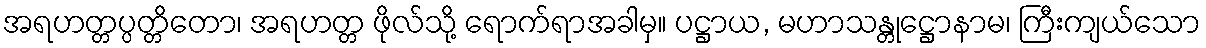
အရဟတ္တပ္ပတ္တိတော၊ အရဟတ္တ ဖိုလ်သို့ ရောက်ရာအခါမှ။ ပဋ္ဌာယ, မဟာသန္တုဋ္ဌောနာမ၊ ကြီးကျယ်သော